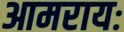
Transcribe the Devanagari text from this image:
आमरायः